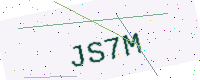
Text: JS7M